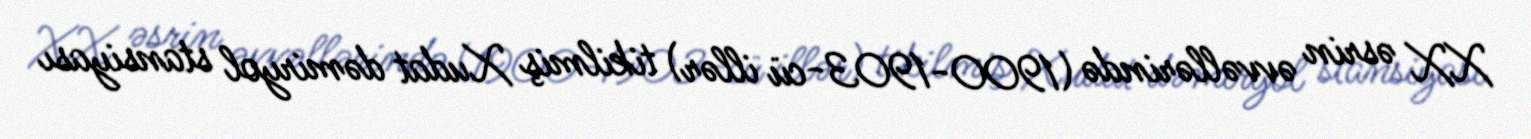
XX əsrin əvvəllərində (1900-1903-cü illər) tikilmiş Xudat dəmiryol stansiyası